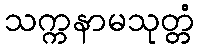
သက္ကနာမသုတ္တံ